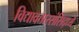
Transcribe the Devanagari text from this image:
विद्यावतारसंसिद्ध्यै